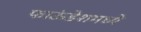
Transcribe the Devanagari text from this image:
फाऊंडेशमध्ये